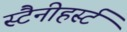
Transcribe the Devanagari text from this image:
स्टैनीहर्स्ट